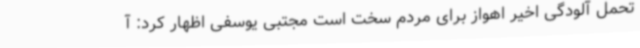
تحمل آلودگی اخیر اهواز برای مردم سخت است مجتبی یوسفی اظهار کرد: آ